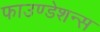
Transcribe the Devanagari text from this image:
फाउण्डेशन्स